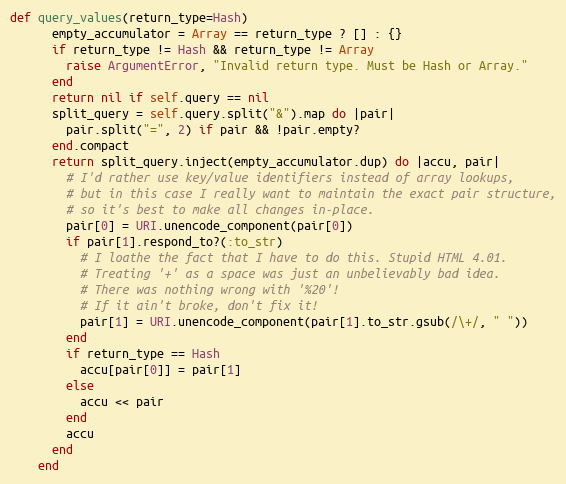
Language: Ruby
def query_values(return_type=Hash)
      empty_accumulator = Array == return_type ? [] : {}
      if return_type != Hash && return_type != Array
        raise ArgumentError, "Invalid return type. Must be Hash or Array."
      end
      return nil if self.query == nil
      split_query = self.query.split("&").map do |pair|
        pair.split("=", 2) if pair && !pair.empty?
      end.compact
      return split_query.inject(empty_accumulator.dup) do |accu, pair|
        # I'd rather use key/value identifiers instead of array lookups,
        # but in this case I really want to maintain the exact pair structure,
        # so it's best to make all changes in-place.
        pair[0] = URI.unencode_component(pair[0])
        if pair[1].respond_to?(:to_str)
          # I loathe the fact that I have to do this. Stupid HTML 4.01.
          # Treating '+' as a space was just an unbelievably bad idea.
          # There was nothing wrong with '%20'!
          # If it ain't broke, don't fix it!
          pair[1] = URI.unencode_component(pair[1].to_str.gsub(/\+/, " "))
        end
        if return_type == Hash
          accu[pair[0]] = pair[1]
        else
          accu << pair
        end
        accu
      end
    end